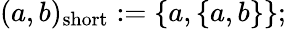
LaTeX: (a,b)_{\mathrm{short}}:=\{ a,\{ a,b\} \} ;